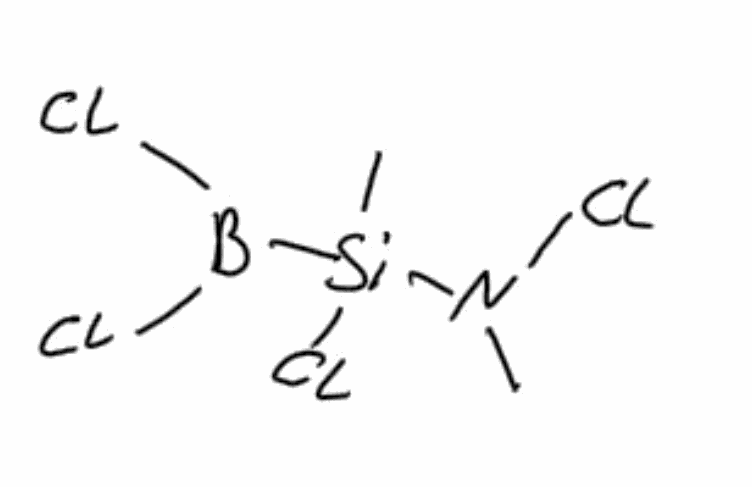
Simplified molecular-input line-entry system (SMILES) notation of the given molecule:
B([Si](C)(N(C)Cl)Cl)(Cl)Cl